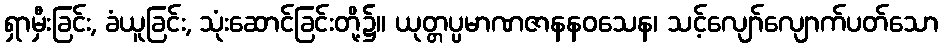
ရှာမှီးခြင်း, ခံယူခြင်း, သုံးဆောင်ခြင်းတို့၌။ ယုတ္တပ္ပမာဏဇာနနဝသေန၊ သင့်လျော်လျောက်ပတ်သော